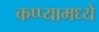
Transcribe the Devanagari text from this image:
कप्प्यामध्ये